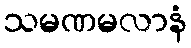
သမဏမလာနံ